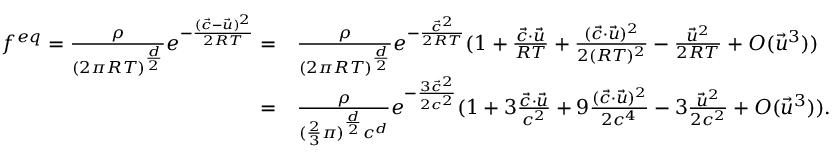
\begin{array} { r l } { f ^ { e q } = \frac { \rho } { ( 2 \pi R T ) ^ { \frac { d } { 2 } } } e ^ { - \frac { ( \Vec { c } - \Vec { u } ) ^ { 2 } } { 2 R T } } = } & { \frac { \rho } { ( 2 \pi R T ) ^ { \frac { d } { 2 } } } e ^ { - \frac { \vec { c } ^ { 2 } } { 2 R T } } ( 1 + \frac { \Vec { c } \cdot \Vec { u } } { R T } + \frac { ( \Vec { c } \cdot \Vec { u } ) ^ { 2 } } { 2 ( R T ) ^ { 2 } } - \frac { \Vec { u } ^ { 2 } } { 2 R T } + O ( \Vec { u } ^ { 3 } ) ) } \\ { = } & { \frac { \rho } { ( \frac { 2 } { 3 } \pi ) ^ { \frac { d } { 2 } } c ^ { d } } e ^ { - \frac { 3 \vec { c } ^ { 2 } } { 2 c ^ { 2 } } } ( 1 + 3 \frac { \Vec { c } \cdot \Vec { u } } { c ^ { 2 } } + 9 \frac { ( \Vec { c } \cdot \Vec { u } ) ^ { 2 } } { 2 c ^ { 4 } } - 3 \frac { \Vec { u } ^ { 2 } } { 2 c ^ { 2 } } + O ( \Vec { u } ^ { 3 } ) ) . } \end{array}